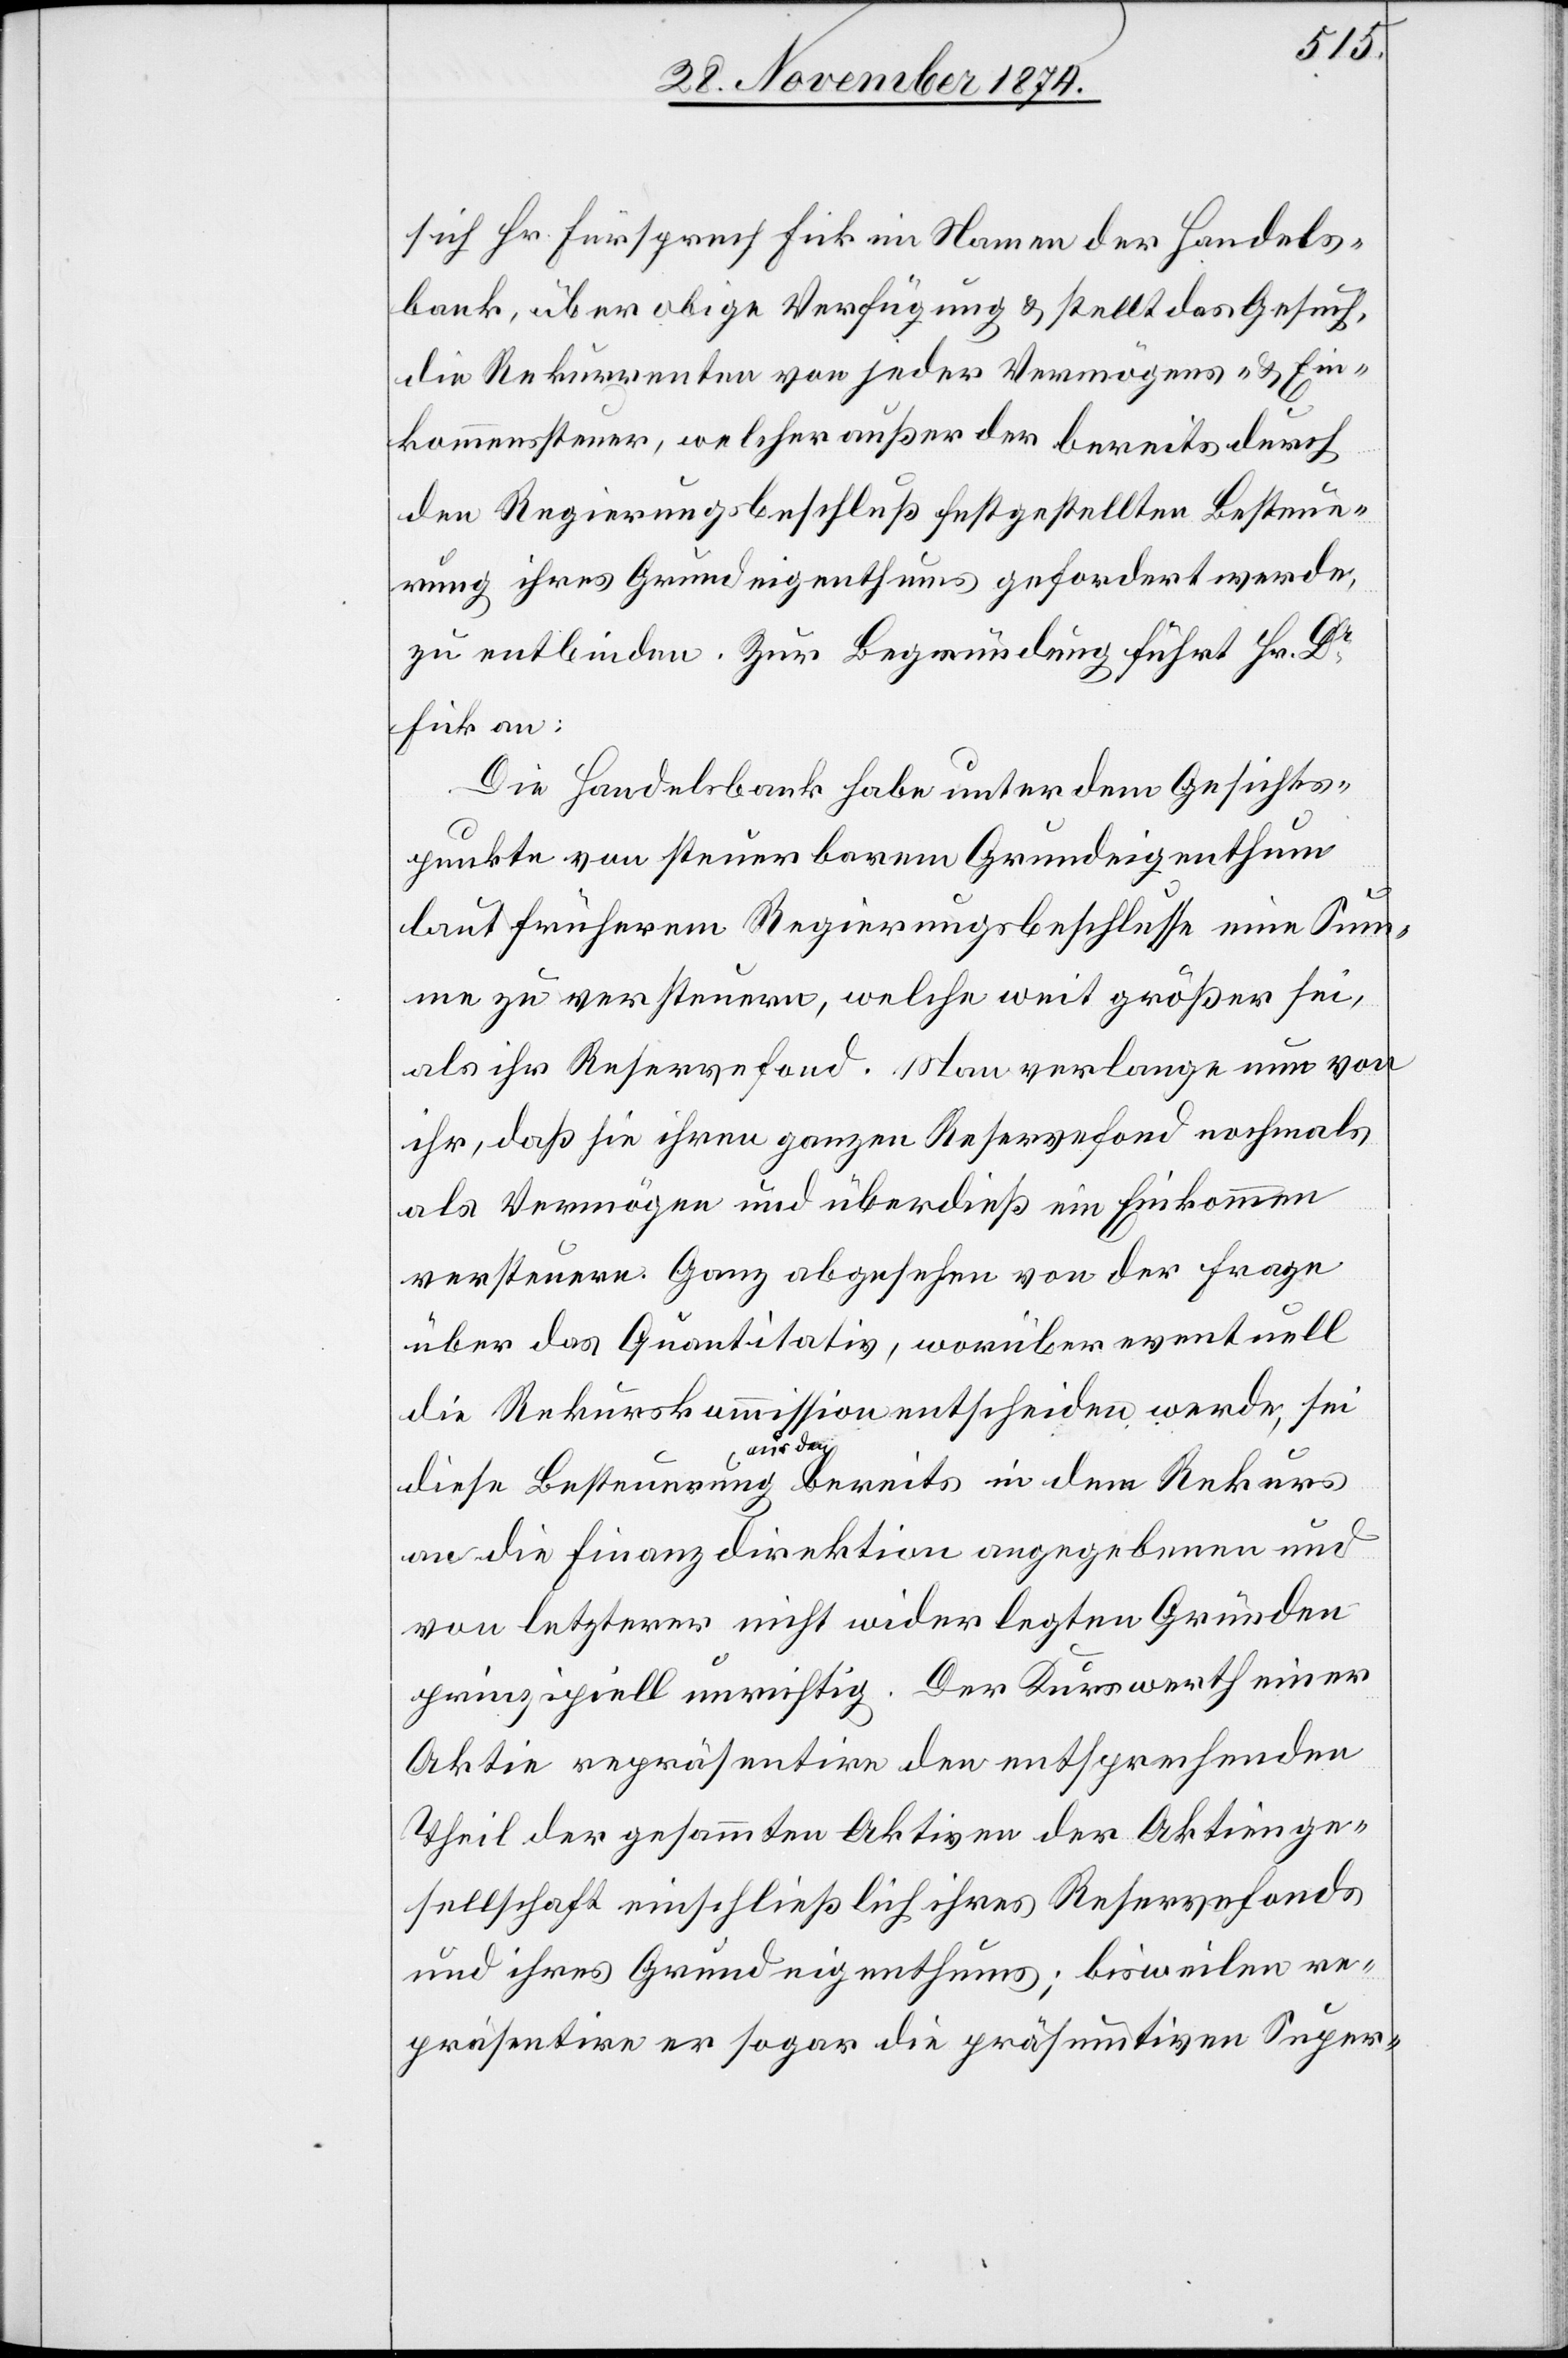
sich Hr. Fürsprech Fick im Namen der Handels¬
bank, über obige Verfügung & stellt das Gesuch,
die Rekurrenten von jeder Vermögens- & Ein¬
kommenssteuer, welcher außer der bereits durch
den Regierungsbeschluß festgestellten Bestim¬
mung ihres Grundeigenthums gefordert werde,
zu entbinden. Zur Begründung führt Hr. Dr
Fick an:
Die Handelsbank habe unter dem Gesichts¬
punkte von steuerbarem Grundeigenthum
laut früherem Regierungsbeschlusse eine Sum¬
me zu versteuern, welche weit größer sei,
als ihr Reservefond. Man verlange nun von
ihr, daß sie ihren ganzen Reservefond nochmals
als Vermögen und überdieß ein Einkommen
versteuere. Ganz abgesehen von der Frage
über das Quantitativ, worüber eventuell
die Rekurskommission entscheiden werde, sei
diese Besteuerung aus den bereits in dem Rekurs
an die Finanzdirektion angegebenen und
von letzterer nicht widerlegten Gründen
prinzipiell unrichtig. Der Kurswerth einer
Aktie repräsentire den entsprechenden
Theil der gesammten Aktien der Aktienge¬
sellschaft einschließlich ihres Reservefonds
und ihres Grundeigenthums; bisweilen re¬
präsentire er sogar die präsumtiven Super-